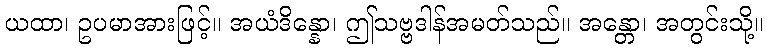
ယထာ၊ ဥပမာအားဖြင့်။ အယံဒိန္နော၊ ဤသဗ္ဗဒါန်အမတ်သည်။ အန္တော၊ အတွင်းသို့။